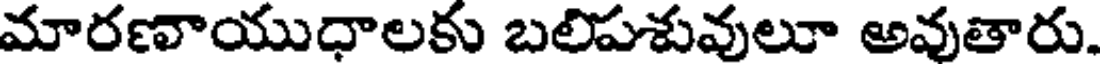
మారణాయుధాలకు బలిపశువులూ అవుతారు.